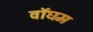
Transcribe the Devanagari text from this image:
वॉघम